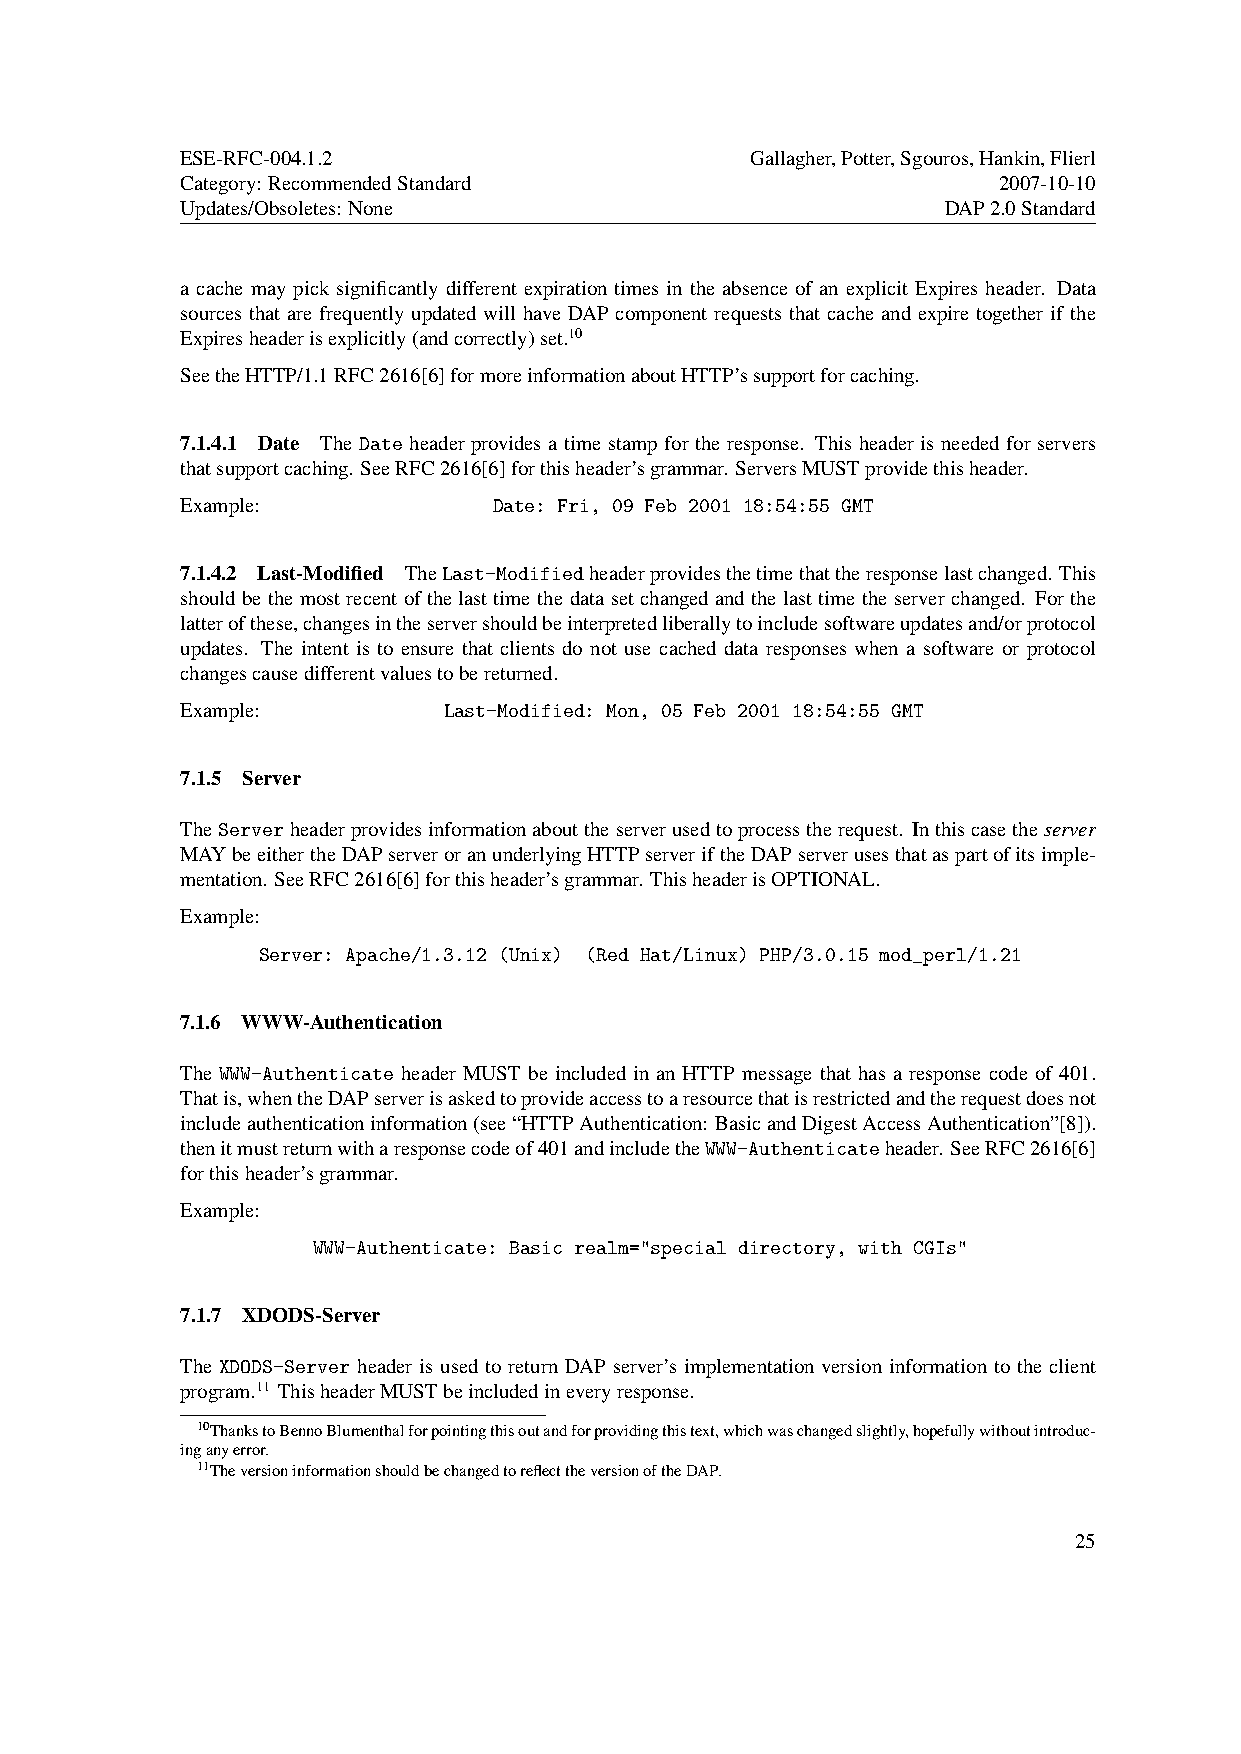
ESE-RFC-004.1.2                       Gallagher,Potter,Sgouros,Hankin,Flierl
 Category: RecommendedStandard                         2007-10-10
 Updates/Obsoletes: None                            DAP2.0Standard
 a cache may pick significantly different expiration times in the absence of an explicit Expires header. Data
 sources that are frequently updated will have DAP component requests that cache and expire together if the
 Expiresheaderisexplicitly(andcorrectly)set.10
 SeetheHTTP/1.1RFC2616[6]formoreinformationaboutHTTP’ssupportforcaching.
 7.1.4.1 Date The Date header provides a time stamp for the response. This header is needed for servers
 thatsupportcaching. SeeRFC2616[6]forthisheader’sgrammar. ServersMUSTprovidethisheader.
 Example:             Date: Fri, 09 Feb 2001 18:54:55 GMT
 7.1.4.2 Last-Modified TheLast-Modifiedheaderprovidesthetimethattheresponselastchanged. This
 should be the most recent of the last time the data set changed and the last time the server changed. For the
 latterofthese,changesintheservershouldbeinterpretedliberallytoincludesoftwareupdatesand/orprotocol
 updates. The intent is to ensure that clients do not use cached data responses when a software or protocol
 changescausedifferentvaluestobereturned.
 Example:         Last-Modified: Mon, 05 Feb 2001 18:54:55 GMT
 7.1.5 Server
 TheServerheaderprovidesinformationabouttheserverusedtoprocesstherequest. Inthiscasetheserver
 MAYbeeithertheDAPserveroranunderlyingHTTPserveriftheDAPserverusesthataspartofitsimple-
 mentation. SeeRFC2616[6]forthisheader’sgrammar. ThisheaderisOPTIONAL.
 Example:
 Server: Apache/1.3.12 (Unix) (Red Hat/Linux) PHP/3.0.15 mod_perl/1.21
 7.1.6 WWW-Authentication
 The WWW-Authenticate header MUST be included in an HTTP message that has a response code of 401.
 Thatis,whentheDAPserverisaskedtoprovideaccesstoaresourcethatisrestrictedandtherequestdoesnot
 includeauthenticationinformation(see“HTTPAuthentication: BasicandDigestAccessAuthentication”[8]).
 thenitmustreturnwitharesponsecodeof401andincludetheWWW-Authenticateheader. SeeRFC2616[6]
 forthisheader’sgrammar.
 Example:
 WWW-Authenticate: Basic realm="special directory, with CGIs"
 7.1.7 XDODS-Server
 The XDODS-Server header is used to return DAP server’s implementation version information to the client
 program.11 ThisheaderMUSTbeincludedineveryresponse.
 10ThankstoBennoBlumenthalforpointingthisoutandforprovidingthistext,whichwaschangedslightly,hopefullywithoutintroduc-
 inganyerror.
 11TheversioninformationshouldbechangedtoreflecttheversionoftheDAP.
 25